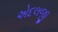
એદલજી